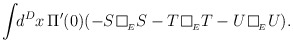
\begin{align*}\int\!\!d^{D}x\,\Pi'(0)(-S\,\framebox(7,7){}_{_{E}}S-T\,\framebox(7,7){}_{_{E}}T-U\,\framebox(7,7){}_{_{E}}U).\end{align*}